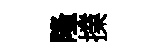
隆擈